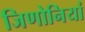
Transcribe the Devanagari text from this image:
जिणोनियां